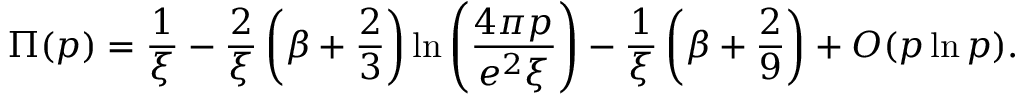
\Pi ( p ) = \frac { 1 } { \xi } - \frac { 2 } { \xi } \left( \beta + \frac { 2 } { 3 } \right) \ln \left( \frac { 4 \pi p } { e ^ { 2 } \xi } \right) - \frac { 1 } { \xi } \left( \beta + \frac { 2 } { 9 } \right) + O ( p \ln p ) .